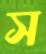
স